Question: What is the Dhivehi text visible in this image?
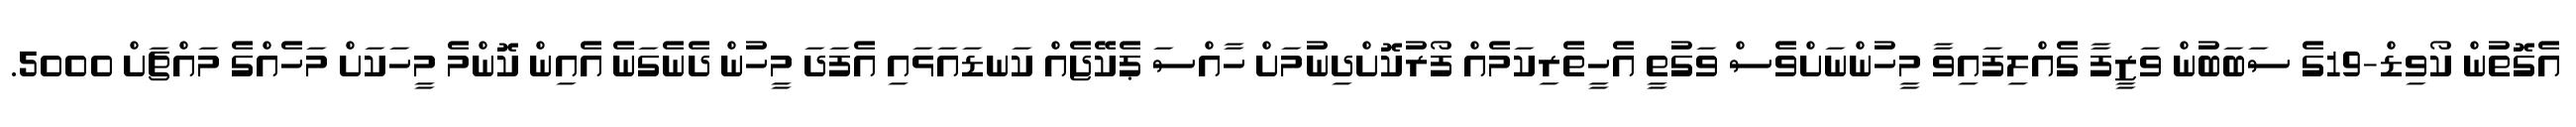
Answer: އެގޮތުން ކޯވިޑް-19ގެ ސަބަބުން ވަޒީފާ ގެއްލިފައިވާ މީހުންނަށްވެސް ވަގުތީ އެހީތެރިކަމެއް ފޯރުކޮށްދިނުމަށް ހާއްސަ ޕެކޭޖެއް ކަނޑައަޅައި އެފަދަ މީހުން ދެނެގަނެ އެއިން ކޮންމެ މީހަކަށް މަހެއްގެ މައްޗަށް 5000.